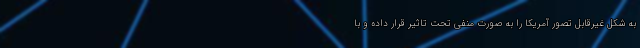
به شکل غیرقابل تصور آمریکا را به صورت منفی تحت تاثیر قرار داده و با